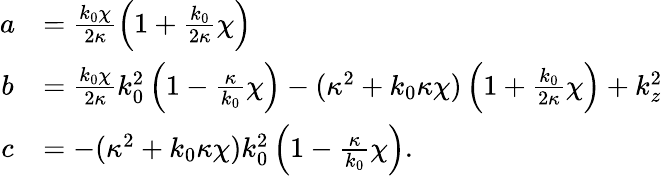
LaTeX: \begin{array}{cl}{a}&{=\frac{k_{0}\chi}{2\kappa}\left(1+\frac{k_{0}}{2\kappa}\chi\right)}\\ {b}&{=\frac{k_{0}\chi}{2\kappa}k_{0}^{2}\left(1-\frac{\kappa}{k_{0}}\chi\right)-(\kappa^{2}+k_{0}\kappa\chi)\left(1+\frac{k_{0}}{2\kappa}\chi\right)+k_{z}^{2}}\\ {c}&{=-(\kappa^{2}+k_{0}\kappa\chi)k_{0}^{2}\left(1-\frac{\kappa}{k_{0}}\chi\right).}\end{array}